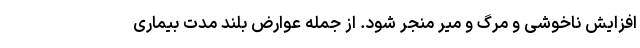
افزایش ناخوشی و مرگ و میر منجر شود. از جمله عوارض بلند مدت بیماری